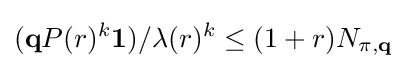
(\mathbf {q} P(r)^{k}\mathbf {1} )/\lambda (r)^{k}\leq (1+r)N_{\pi ,\mathbf {q} }